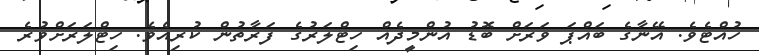
ހުއްޓެވެ. އޭނާގެ ބައްޕަ ވަރަށް ބޮޑު އުންމީދެއް ހިޓްލަރުގެ ފަރާތުން ކުރިއެވެ. ހިޓްލަރަށްވުރެ